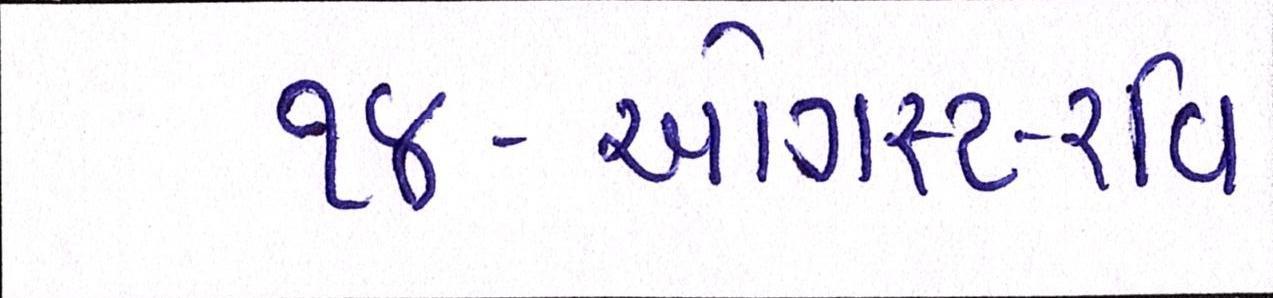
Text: ૧૪-ઓગસ્ટ-રવિ